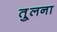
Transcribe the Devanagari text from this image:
तु्लना